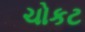
ચોકટ